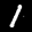
Label: 1